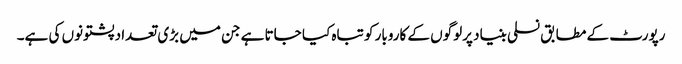
رپورٹ کے مطابق نسلی بنیاد پرلوگوں کے کاروبار کو تباہ کیا جاتا ہے جن میں بڑی تعداد پشتونوں کی ہے۔